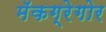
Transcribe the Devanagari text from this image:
मॅकग्रेगोर